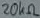
Text: 20KΩ